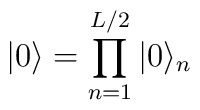
|0\rangle = \prod_{n=1}^{L/2} |0\rangle_n